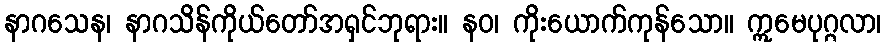
နာဂသေန၊ နာဂသိန်ကိုယ်တော်အရှင်ဘုရား။ နဝ၊ ကိုးယောက်ကုန်သော။ ဣမေပုဂ္ဂလာ၊